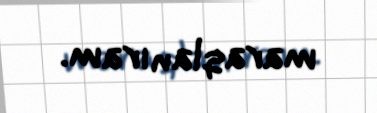
maraqlanıram.